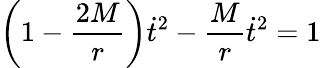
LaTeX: \left(1-{\frac{2M}{r}}\right){\dot{t}}^{2}-{\frac{M}{r}}{\dot{t}}^{2}=1